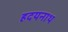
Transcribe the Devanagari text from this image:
हदयनाथ